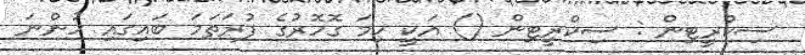
ސިކްރީޓިން : ސިކްރީޓިން () އަކީ ހިމަ ގޮހޮރުގެ ފުރަތަމަ ބައިގައި ހުންނަ